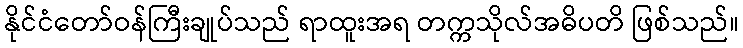
နိုင်ငံတော်ဝန်ကြီးချုပ်သည် ရာထူးအရ တက္ကသိုလ်အဓိပတိ ဖြစ်သည်။